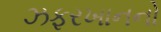
ઝફરખાનનો